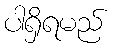
ပါရှိရမည်